Scientific memoirs by medical officers of the Army of India - Part IX,
Year: 1895
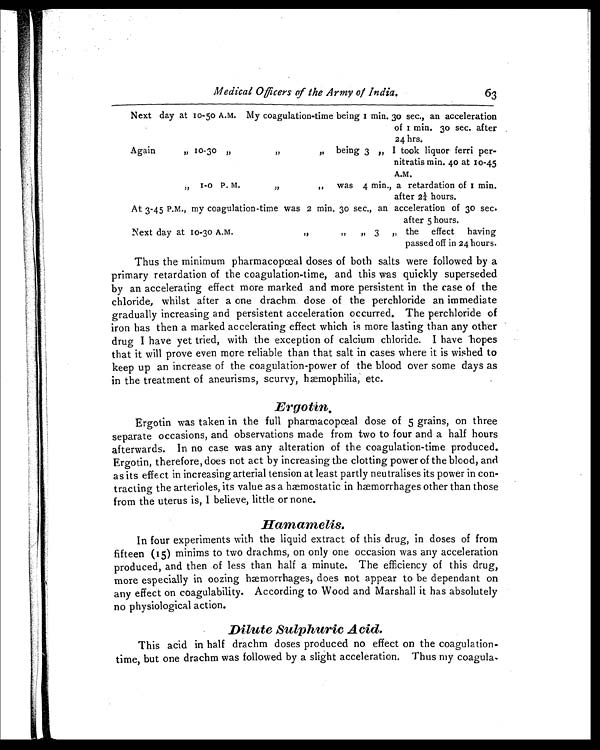
Medical Officers of the Army of India.
63
Next day at 10-50 A.M. My coagulation-time being I min. 30 sec., an acceleration
of 1 min. 30 sec. after
24 hrs.
Again
„ 10-30
„
,,
„
being 3 „ I took liquor ferri per-
nitratis min. 40 at 10-45
A.M.
„ 1-0 P. M.
„
„ was 4 min., a retardation of 1 min.
after 2¼ hours.
At 3-45 P.M., my coagulation-time was 2 min. 30 sec., an acceleration of 30 sec.
after 5 hours.
Next day at 10-30 A.M.
„ „ „
3 ,, the effect having
passed off in 24 hours.
Thus the minimum pharmacopœal doses of both salts were followed by a
primary retardation of the coagulation-time, and this was quickly superseded
by an accelerating effect more marked and more persistent in the case of the
chloride, whilst after a one drachm dose of the perchloride an immediate
gradually increasing and persistent acceleration occurred. The perchloride of
iron has then a marked accelerating effect which is more lasting than any other
drug I have yet tried, with the exception of calcium chloride. I have hopes
that it will prove even more reliable than that salt in cases where it is wished to
keep up an increase of the coagulation-power of the blood over some days as
in the treatment of aneurisms, scurvy, hæmophilia, etc.
Ergotin.
Ergotin was taken in the full pharmacopœal dose of 5 grains, on three
separate occasions, and observations made from two to four and a half hours
afterwards. In no case was any alteration of the coagulation-time produced.
Ergotin, therefore, does not act by increasing the clotting power of the blood, and
as its effect in increasing arterial tension at least partly neutralises its power in con-
tracting the arterioles, its value as a haemostatic in hæmorrhages other than those
from the uterus is, I believe, little or none.
Haniamelis.
In four experiments with the liquid extract of this drug, in doses of from
fifteen (15) minims to two drachms, on only one occasion was any acceleration
produced, and then of less than half a minute, The efficiency of this drug,
more especially in oozing hæmorrhages, does not appear to be dependant on
any effect on coagulability. According to Wood and Marshall it has absolutely
no physiological action.
Dilute Sulphuric Acid.
This acid in half drachm doses produced no effect on the coagulation-
time, but one drachm was followed by a slight acceleration. Thus my coagula.